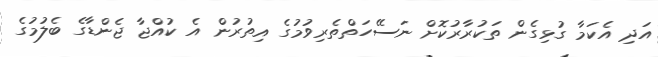
އަދި އެކަމާ ގުޅިގެން ތަކުރާރުކޮށް ނަސޭހަތްތެރިވުމުގެ އިތުރުން އެ ކުއްޖާ ޖެންޑާގެ ބެލުމުގެ